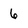
Character: 6